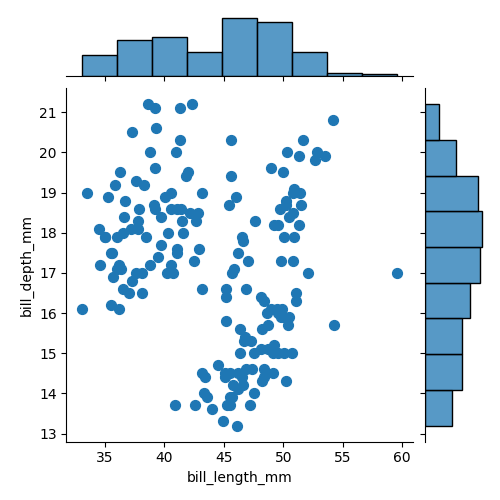
python, seaborn, jointplot, kind='scatter', height='5', ratio='5', marginal_ticks='False'